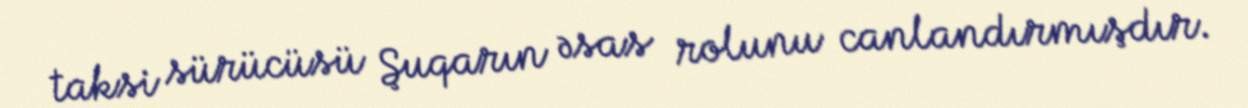
taksi sürücüsü Şuqarın əsas rolunu canlandırmışdır.